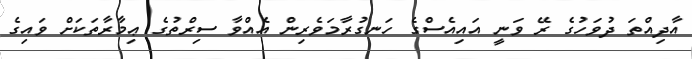
އާދިއްތަ ދުވަހުގެ ރޭ ވަނީ އައިއެސްގެ ހަނގުރާމަވެރިން އެއްވާ ސިރްތުގެ ޢިމާރާތަކަށް ވައިގެ